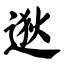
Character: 逖